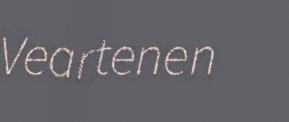
Veartenen